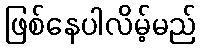
ဖြစ်နေပါလိမ့်မည်